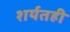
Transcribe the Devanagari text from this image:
शर्यतही